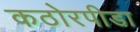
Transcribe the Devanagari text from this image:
कठोरपीडा